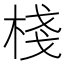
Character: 棧